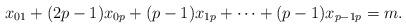
LaTeX: \begin{align*} x_{01} + (2p-1)x_{0p} + (p-1)x_{1p} + \cdots + (p-1)x_{p-1p} = m.\end{align*}